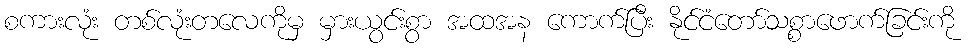
စကားလုံး တစ်လုံးတလေကိုမှ မှားယွင်းစွာ အထအန ကောက်ပြီး နိုင်ငံတော်သစ္စာဖောက်ခြင်းကို